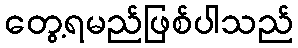
တွေ့ရမည်ဖြစ်ပါသည်